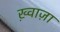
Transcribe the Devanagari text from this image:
ख़्वाज़ा